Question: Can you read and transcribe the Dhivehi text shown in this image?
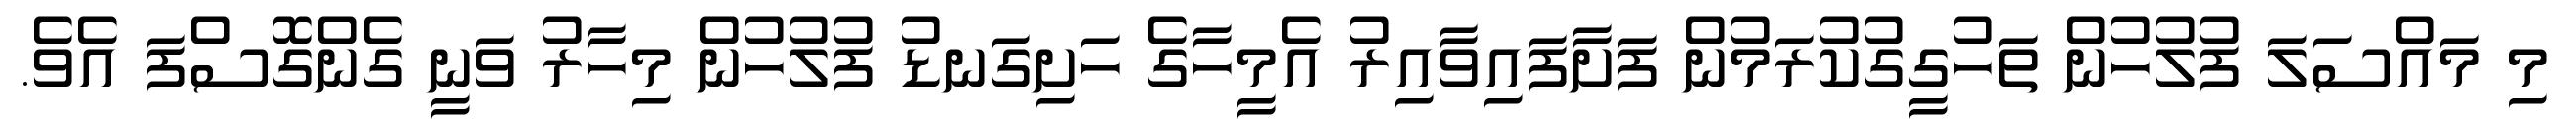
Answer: މި މައްސަލަ ފުލުހުން ތަހުގީގުކުރަމުން ފަށާފައިވާއިރު އެމީހާގެ ހަށިގަނޑު ފުލުހުން މިހާރު ވަނީ ގެންގޮސްފަ އެވެ.